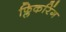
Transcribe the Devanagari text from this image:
फ्लिकरिंग